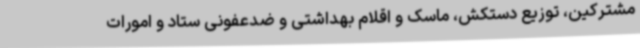
مشترکین، توزیع دستکش، ماسک و اقلام بهداشتی و ضدعفونی ستاد و امورات